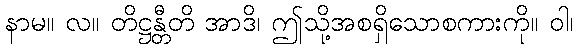
နာမ။ လ။ တိဋ္ဌန္တီတိ အာဒိ၊ ဤသို့အစရှိသောစကားကို။ ဝါ၊